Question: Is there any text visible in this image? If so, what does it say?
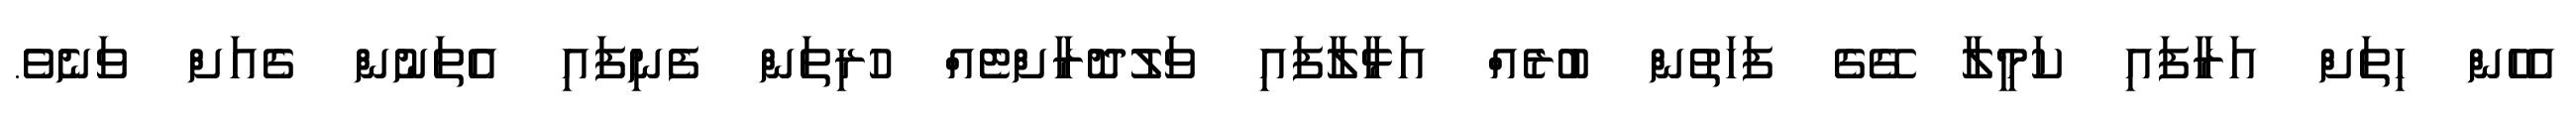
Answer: އެހެން ހިތަށް އަރާފައި ކަމީލާ ގޭގެ ފަހަތުން ބުރެއް އަޅާލާފައި ވަލުދޮރާށްޓެއް ހުރިތަން ފެނިފައި އެތަނުން ގެއަށް ވަނެވެ.